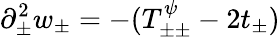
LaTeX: \partial_{\pm}^{2}w_{\pm}=-(T_{\pm\pm}^{\psi}-2t_{\pm})